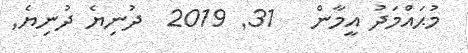
މުޙައްމަދު އީމާން   31